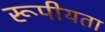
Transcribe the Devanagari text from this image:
रूपीयता